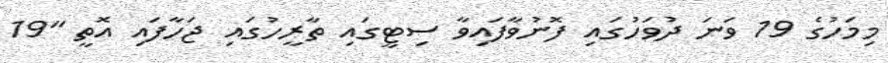
މިމަހުގެ 19 ވަނަ ދުވަހުގައި ފޮނުވާފައިވާ ސިޓީގައި ތާރީހުގައި ޖަހާފައި އޮތީ "19